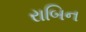
રાબિન